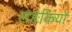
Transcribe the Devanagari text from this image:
लङकियों